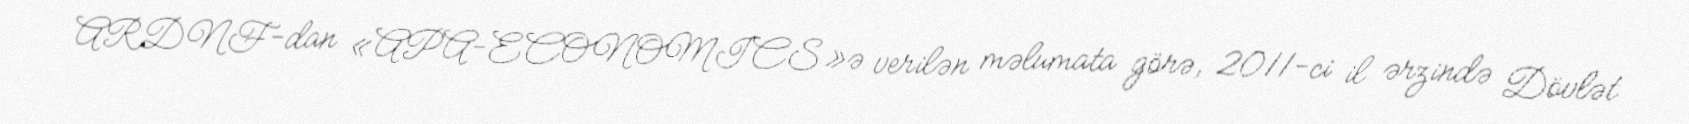
ARDNF-dan «APA-ECONOMICS»ə verilən məlumata görə, 2011-ci il ərzində Dövlət